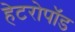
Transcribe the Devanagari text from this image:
हेटरोपॉड